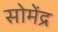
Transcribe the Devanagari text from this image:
सोमेंद्र